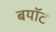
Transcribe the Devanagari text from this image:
बयॉट